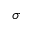
\sigma